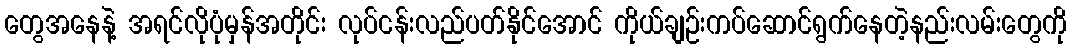
တွေအနေနဲ့ အရင်လိုပုံမှန်အတိုင်း လုပ်ငန်းလည်ပတ်နိုင်အောင် ကိုယ်ချဉ်းကပ်ဆောင်ရွက်နေတဲ့နည်းလမ်းတွေကို